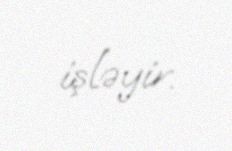
işləyir.